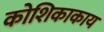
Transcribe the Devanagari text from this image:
कोशिकाकाय